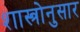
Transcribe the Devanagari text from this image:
शास्त्रोनुसार